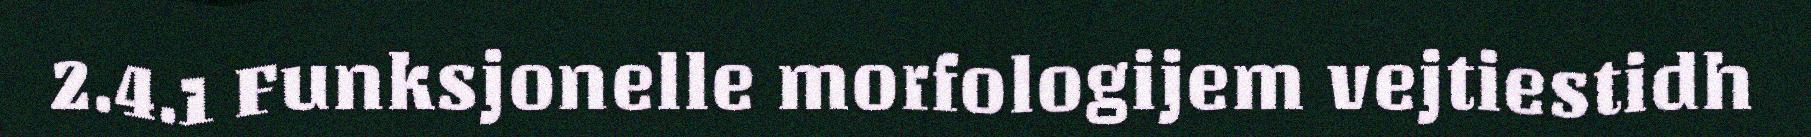
2.4.1 Funksjonelle morfologijem vejtiestidh